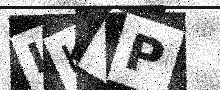
Text: LK6P